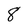
Character: 8